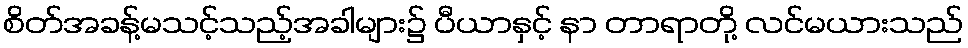
စိတ်အခန့်မသင့်သည့်အခါများ၌ ပီယာနှင့် နာ တာရာတို့ လင်မယားသည်